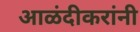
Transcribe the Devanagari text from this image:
आळंदीकरांनी